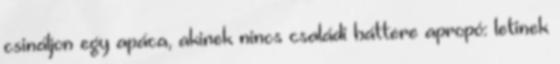
csináljon egy apáca, akinek nincs családi háttere apropó: letinek